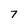
Character: 7